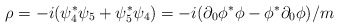
\begin{align*}\rho = -i(\psi^*_4 \psi_5 + \psi^*_5 \psi_4) = -i(\partial_0 \phi^* \phi-\phi^* \partial_0 \phi)/m\end{align*}